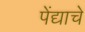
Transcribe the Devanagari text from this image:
पेंद्याचे